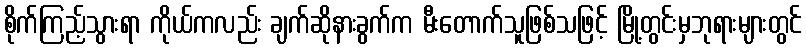
စိုက်ကြည့်သွားရာ ကိုယ်ကလည်း ချက်ဆိုနားခွက်က မီးတောက်သူဖြစ်သဖြင့် မြို့တွင်းမှဘုရားများတွင်